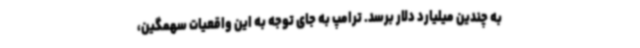
به چندین میلیارد دلار برسد. ترامپ به جای توجه به این واقعیات سهمگین،